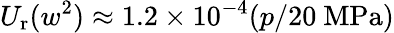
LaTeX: U_{\mathrm{r}}(w^{2})\approx 1.2\times 10^{-4}(p/20~\mathrm{MPa})